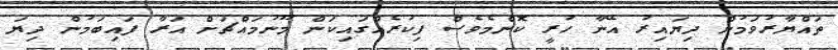
ތައްޔާރުވަމުން ދިޔައިރު އޭނާ ހުރީ ކޮންމެވެސް ފިކުރެއްގައިކަން މޫނުމައްޗަށް އަރާ ފައިބަމުން ދިޔަ